Report on sanitation, dispensaries, and jails in Rajputana for 1912, and on vaccination for the year 1912-1913 - 1912-1913
Year: 1912
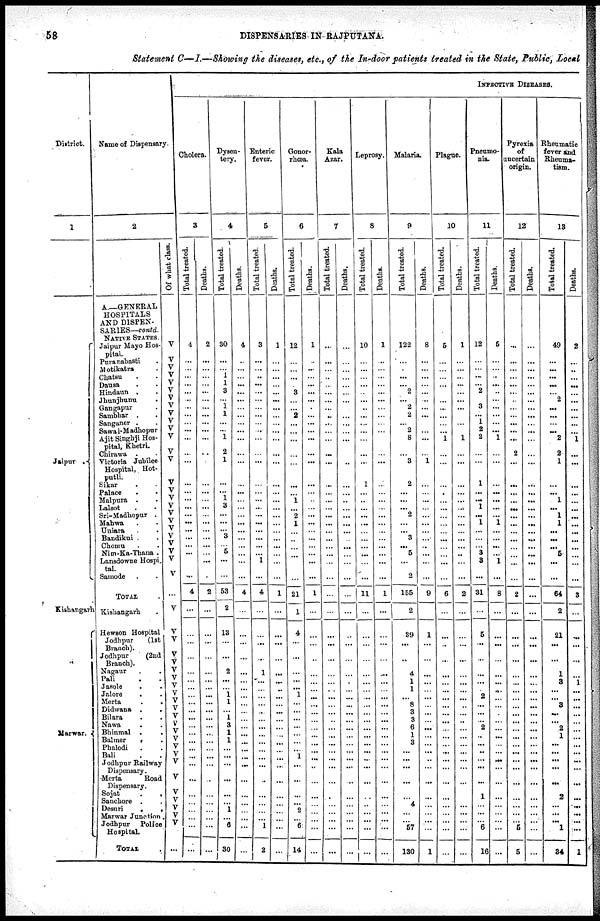
58
DISPENSARIES IN RAJPUTANA.
Statement C—I.—Showing the diseases, etc., of the In-door patients treated in the State, Public, Local
District.
1
Jaipur
.
Kishangarh
Marwar. .
Name of Dispensary.
2
A—GENERAL
HOSPITALS
AND DISPEN-
SARIES— contd.
NATIVE STATES.
Jaipur Mayo Hos-
pital.
Puranabasti .
Motikatra .
Chatsu . .
Dausa . .
Hindaun . .
Jhunjhunu .
Gangapur .
Sambhar . .
Sanganer . .
Sawai-Madhopur
Ajit Singhji Hos-
pital, Khetri.
Chirawa . .
Victoria Jubilee
Hospital, Hot-
putli.
Sikar . .
Palace . .
Malpura . .
Lalsot
.
.
Sri-Madhopur .
Mahwa . .
Uniara . .
Bandikui . .
Chomu . .
Nim-Ka-Thana .
Lansdowne Hospi-
tal.
Samode . .
TOTAL .
Kishangarh .
Hewson Hospital
Jodhpur
(1st
Branch).
Jodhpur
(2nd
Branch).
Nagaur . .
Pali . .
Jasole . .
Jalore . .
Merta
.
.
Didwana . .
Bilara . .
Nawa . .
Bhinmal
.
.
Balmer . .
Phalodi . .
Bali . .
Jodhpur Railway
Dispensary.
Merta
Road
Dispensary.
Sojat
.
.
Sanchore . .
Desuri
.
.
Marwar Junction.
Jodbpur Police
Hospital.
TOTAL.
Of what class.
V
V
V
V
V
V
V
V
V
V
V
V
V
V
V
V
V
V
V
V
V
V
V
V
V
V
...
V
V
V
V
V
V
V
V
V
V
V
V
V
V
V
V
V
V
V
V
V
V
V
...
INFECTIVE DISEASES.
Cholera.
3
Total treated.
4
...
...
...
...
...
...
...
...
...
...
...
...
...
...
...
...
...
...
...
...
...
...
...
...
...
4
...
...
...
...
...
...
...
...
...
...
...
...
...
...
...
...
...
...
...
...
...
...
...
...
Deaths.
2
...
...
...
...
...
...
...
...
...
...
...
...
...
...
...
...
...
...
...
...
...
...
...
...
...
2
...
...
...
...
...
...
...
...
...
...
...
...
...
...
...
...
...
...
...
...
...
...
...
...
Dysen-
tery.
4
Total treated.
30
...
...
1
1
3
...
1
1
...
...
1
2
...
...
...
1
3
...
...
...
3
...
5
...
...
53
2
13
...
...
2
...
... 1
1
...
1
3
1
1
...
...
...
...
...
...
1
...
6
30
Deaths.
4
..
...
...
...
...
...
...
...
...
...
...
...
...
...
...
...
...
...
...
...
...
...
...
...
...
4
...
...
...
...
...
...
...
...
...
...
...
...
...
...
...
...
...
...
...
...
...
...
...
...
Enteric
fever.
5
Total treated.
3
...
...
..
...
...
...
...
...
...
...
...
...
...
...
...
...
...
...
...
...
...
...
...
1
...
4
...
...
...
...
1
...
...
...
...
...
...
...
...
...
...
...
...
...
...
...
...
...
1
2
Deaths.
1
...
...
...
...
...
...
...
...
...
...
...
...
...
...
...
...
...
...
...
...
...
...
...
...
...
1
...
...
...
...
...
...
...
...
...
...
...
...
...
...
...
...
...
...
...
...
...
...
...
...
Gonor-
rhœa.
6
Total treated.
12
...
...
...
...
3
...
...
2
...
...
...
...
...
...
...
1
...
2
1
...
...
...
...
...
...
21
1
4
...
...
...
...
...
1
...
...
...
...
...
...
...
1
...
...
...
...
2
...
6
14
Deaths.
1
..
...
...
...
...
...
...
...
...
...
...
...
...
...
...
...
...
...
...
...
...
...
...
...
...
1
...
...
...
..
...
...
...
...
...
...
...
...
...
...
...
...
...
...
...
...
...
...
...
...
Kala
Azar.
7
Total treated.
...
...
...
...
...
...
...
...
...
...
...
...
...
...
...
...
...
...
...
...
...
...
...
...
...
...
...
...
...
...
...
...
...
...
...
...
...
...
...
...
...
...
...
...
...
...
...
...
...
...
...
Deaths.
...
...
...
...
...
...
...
...
...
...
...
...
...
...
...
...
..
...
...
...
...
...
...
...
...
...
...
...
...
...
...
...
...
...
...
...
...
...
...
...
...
...
...
...
...
...
...
...
...
...
...
Leprosy.
8
Total treated.
10
...
...
...
...
...
...
..
...
...
...
...
...
...
1
...
...
...
...
...
...
...
...
...
...
...
11
...
...
...
...
...
...
...
...
...
...
...
...
...
...
...
...
...
...
...
...
...
...
...
...
Deaths.
1
...
...
...
...
...
...
...
...
...
...
...
...
...
...
...
...
...
...
...
...
...
...
...
...
...
1
...
...
...
...
...
...
...
...
...
...
...
...
...
...
...
...
...
...
...
...
...
...
...
...
Malaria.
9
Total treated.
122
...
...
...
... 2
...
2
2
...
2
8
...
3
2
...
...
...
2
...
...
3
...
5
...
2
155
2
39
...
..
4
1
1
...
8
3
3
6
1
3
...
...
...
...
...
4
...
...
57
130
Deaths.
8
...
...
...
...
...
...
...
...
...
...
...
...
1
...
...
...
...
...
...
...
....
...
...
...
...
9
...
1
...
...
...
...
...
...
...
...
...
...
...
...
...
...
...
...
...
...
...
...
...
1
Plague.
10
Total treated.
5
...
...
...
...
...
...
...
...
...
...
1
...
...
...
.
...
...
...
...
...
...
...
...
...
...
6
...
...
..
...
...
...
...
...
...
...
...
...
...
...
...
...
...
...
...
...
...
...
...
...
Deaths.
1
...
...
...
...
...
...
...
...
...
...
1
...
...
...
...
...
...
...
...
...
...
...
...
...
2
...
...
...
...
...
...
...
...
...
...
...
..
...
...
...
...
...
...
...
...
...
...
...
...
Pneumo-
nia.
11
Total treated.
12
...
...
...
...
2
...
3
...
1
2
2
...
...
1
...
...
1
...
1
...
...
...
3
3
...
31
...
5
...
...
...
...
...
2
...
...
...
2
...
...
...
...
...
...
1
...
...
...
6
16
Deaths.
5
...
...
...
...
...
...
...
...
...
...
1
...
...
...
...
...
...
...
1
...
...
...
...
1
...
8
...
...
...
...
...
...
...
...
...
...
...
...
...
...
...
...
...
...
...
...
...
...
...
...
Pyrexia
of
uncertain
origin.
12
Total treated.
...
...
...
...
...
...
...
...
...
...
...
...
2
...
...
...
...
...
...
...
...
...
...
...
...
...
2
...
...
...
...
...
...
...
...
...
...
...
...
...
...
...
...
...
...
...
...
...
...
5
5
Deaths.
...
...
...
...
...
...
...
...
...
...
...
...
...
...
...
...
...
...
...
...
...
...
...
...
...
...
...
...
...
...
...
...
...
...
...
...
...
...
...
...
...
...
...
...
...
...
...
...
...
...
...
Rheumatic
fever and
Rheuma-
tism.
13
Total treated.
49
...
...
...
...
...
2
...
...
...
...
2
2
1
...
...
1
...
1
1
...
...
...
5
...
...
64
2
21
...
...
1
3
...
...
3
...
...
2
1
...
...
...
...
...
2
... ...
...
1
34
Deaths.
2
...
...
...
...
...
...
...
...
...
...
1
...
...
...
...
...
...
...
...
...
...
...
...
...
...
3
...
...
...
...
...
1
...
...
...
...
...
...
...
...
...
...
...
...
...
...
...
...
...
1